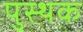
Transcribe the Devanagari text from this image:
पुस्थक